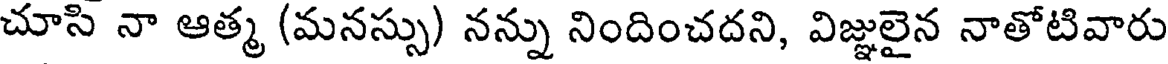
చూసి నా ఆత్మ (మనస్సు) నన్ను నిందించదని, విజ్ఞులైన నాతోటివారు